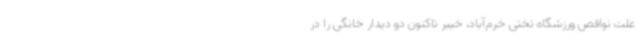
علت نواقص ورزشگاه تختی خرم‌آباد، خیبر تاکنون دو دیدار خانگی را در